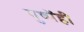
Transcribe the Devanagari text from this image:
पुष्पेंही